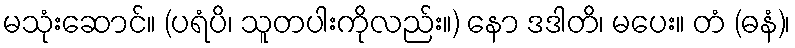
မသုံးဆောင်။ (ပရံပိ၊ သူတပါးကိုလည်း။) နော ဒဒါတိ၊ မပေး။ တံ (ဓနံ)၊